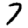
Digit: 7